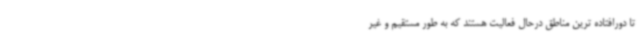
تا دورافتاده ترین مناطق درحال فعالیت هستند که به طور مستقیم و غیر